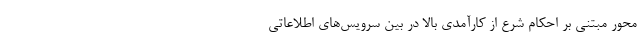
محور مبتنی بر احکام شرع از کارآمدی بالا در بین سرویس‌های اطلاعاتی